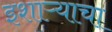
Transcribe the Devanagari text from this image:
इशाऱ्याचा